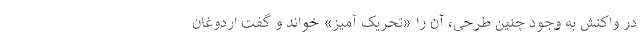
در واکنش به وجود چنین طرحی، آن را «تحریک آمیز» خواند و گفت اردوغان